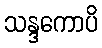
သန္ဒကောပိ